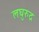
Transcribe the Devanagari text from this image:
लघुरुद्र